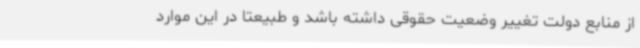
از منابع دولت تغییر وضعیت حقوقی داشته باشد و طبیعتا در این موارد